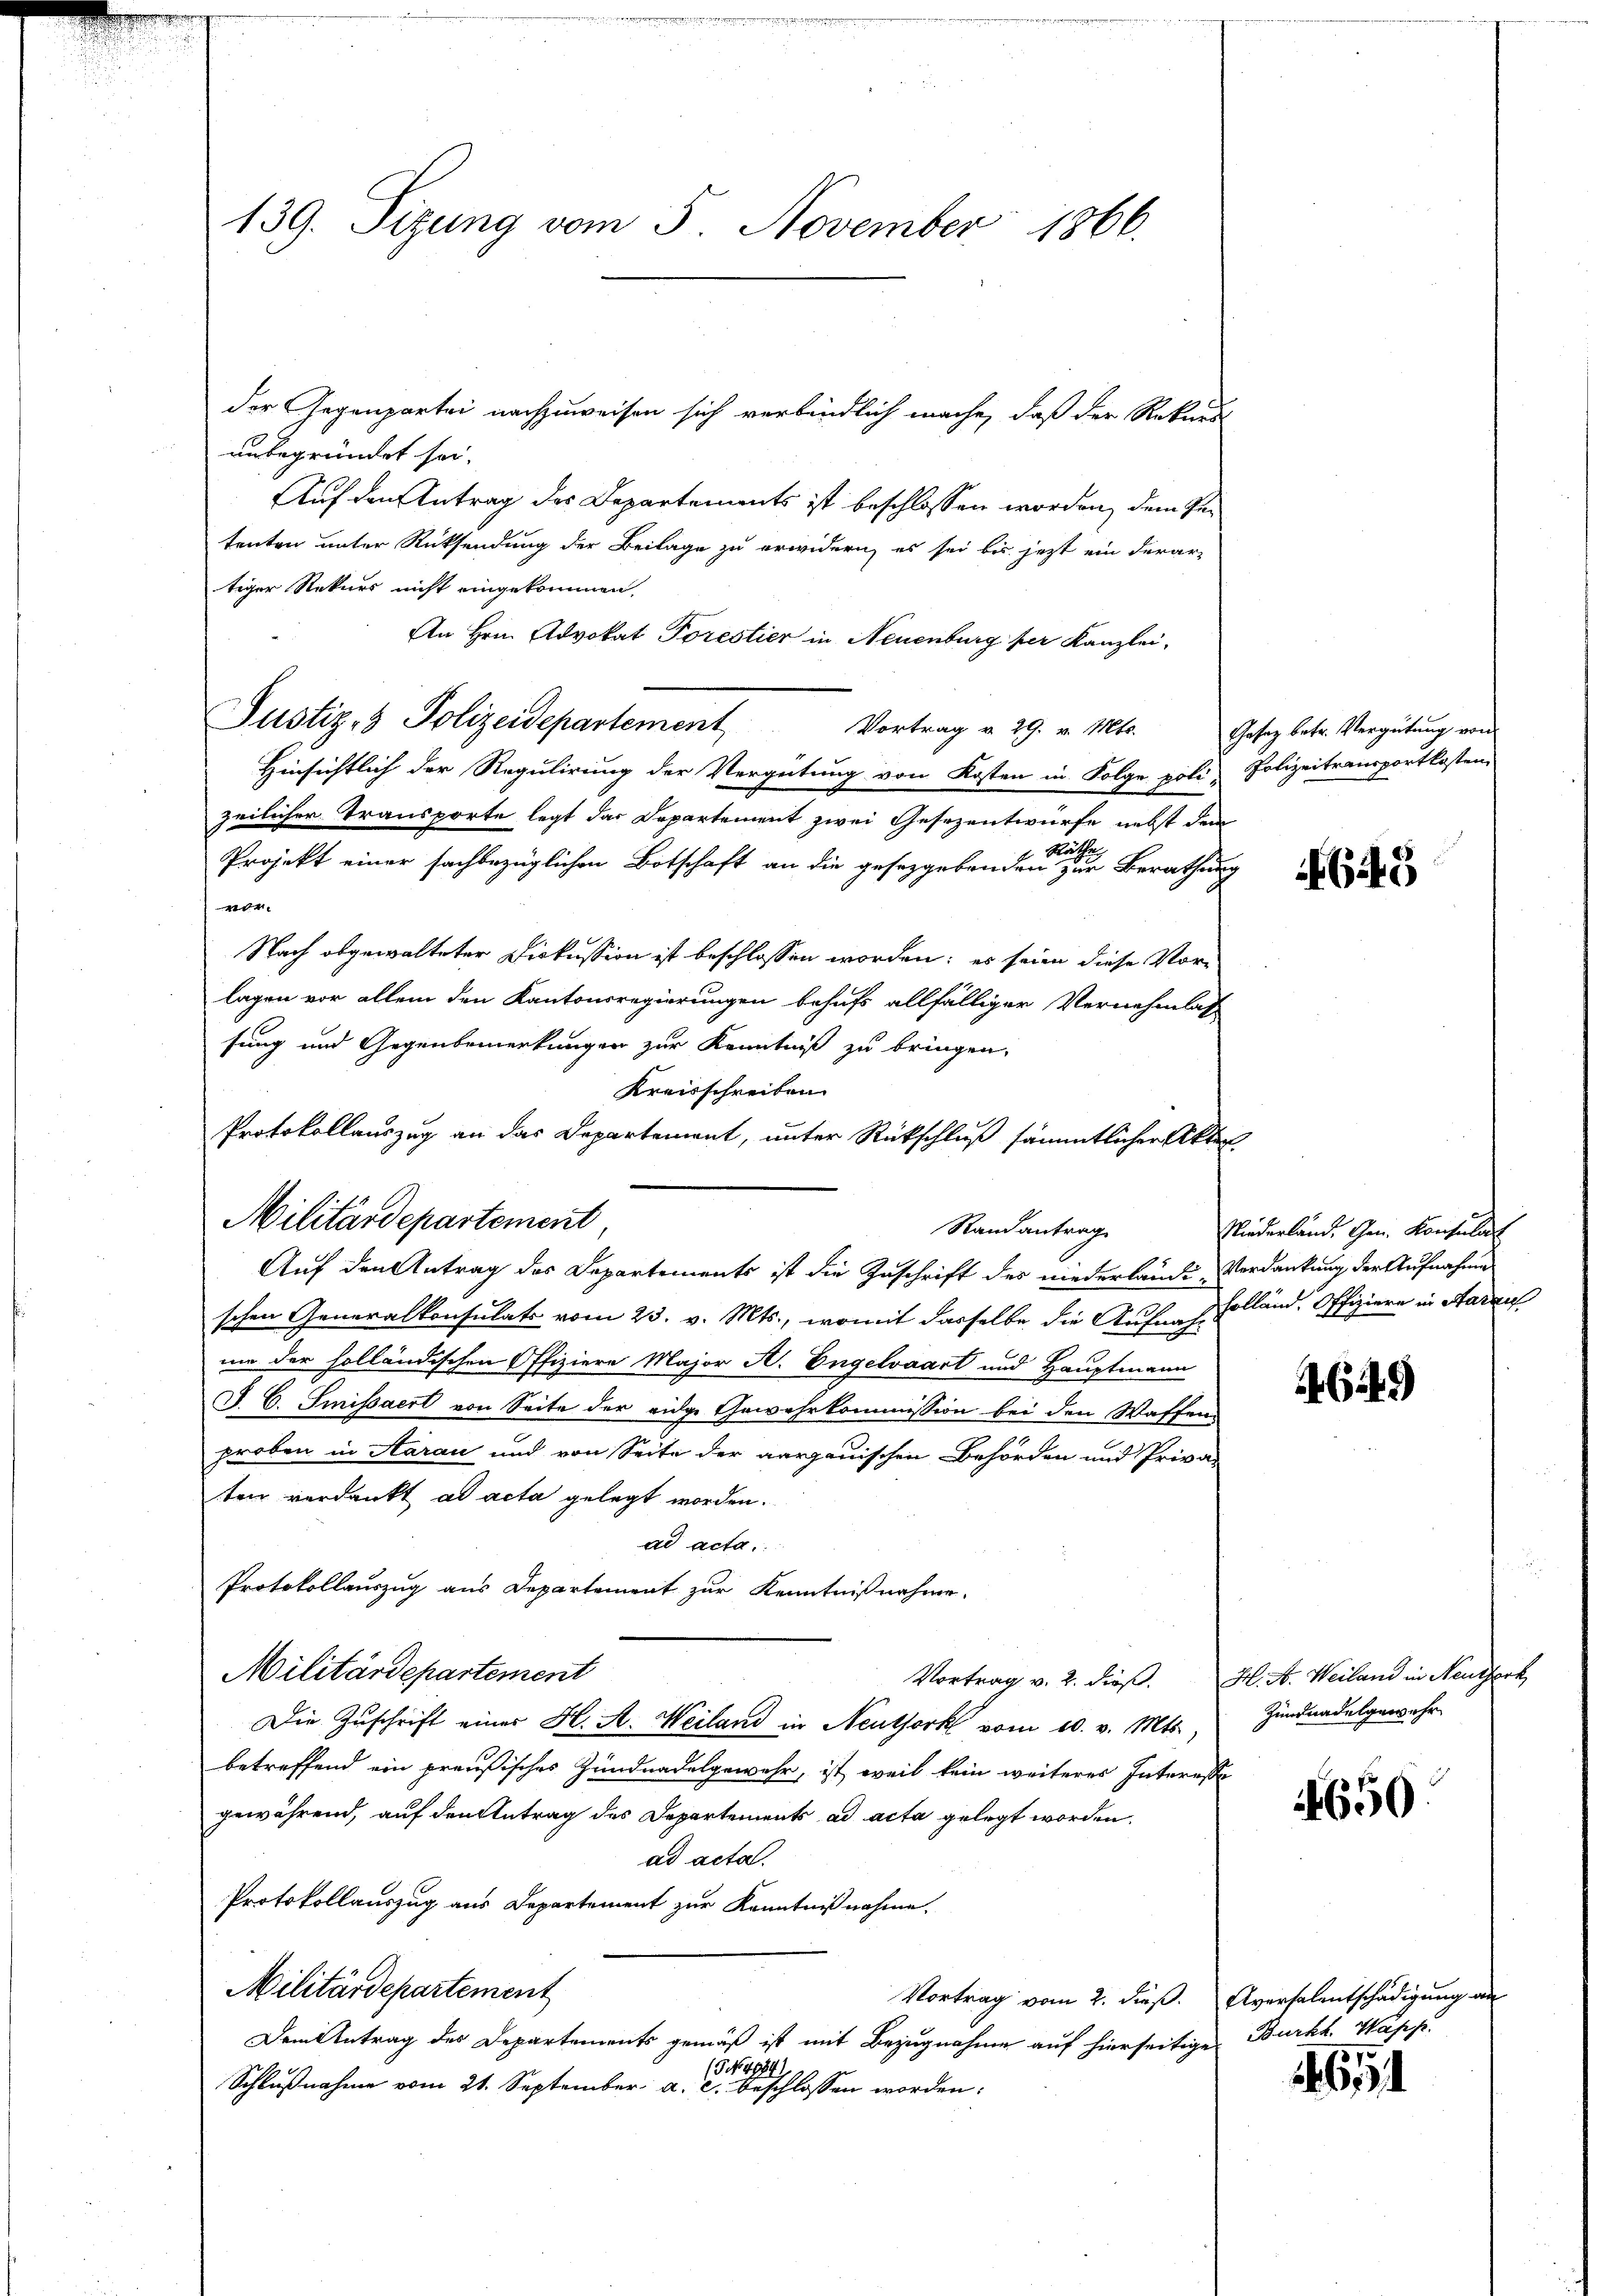
139. Sizung vom 5. November 1866.

unbegründet sei.
Auf den Antrag des Departements ist beschlossen worden, dem Petenten unter Rücksendung der Beilage zu erwidern, es sei bis jetzt ein derar-
tiger Rekurs nicht eingekommen,
An Hrn. Advokat Porestier in Neuenburg per Kanzlei,
Justiz- & Polizeidepartement
Vortrag v. 29. v. Mts. Gesez betr. Vergütung von
Hinsichtlich der Regulirung der Vergütung von Kosten in Folge poli, Polizeitransportkosten,
zeilicher Transporte legt das Departement zwei Gesezentwürfe nebst den
Räthe
Projekt einer sachbezüglichen Botschaft an die gesetzgebenden zur Berathung
0
Nach abgewalteter Diskussion ist beschlossen worden; es seien diese Vorlagen vor allem den Kantonsregierungen behufs allfälliger Vernehmlass
sung und Gegenbemerkungen zur Kenntniß zu bringen.
Kreisschreiben
Protokollauszug an das Departement, unter Rückschluß sämmtlicher Akten
Militärdepartement,
Randantrag
Auf den Antrag des Departements ist die Zuschrift des niederlande-Verdankung der Aufnahme
schen Generalkonsulats vom 23. v. Mts., womit dasselbe die Auf scholländ. Offiziere in Aarau
mie der holländischen Offiziere Major A. Engelvaart und Hauptmann
a C. Smissaert von Seite der eidge Gewehrkommission bei den Waffen,
proben in Aarau und von Seite der aargauischen Behörden und Priva-
ten verdankt ad acta gelegt worden.
ad acta.
Protokollauszug aus Departement zur Kenntnißnahme
Militärdepartement
Vortrag v. 2. dieß. H. A. Weiland in Neuerk
Die Zuschrift einer H. A. Weiland in Neuthork vom 10. v. Mts.,
betreffend ein preußisches Zundnadelgewahr, ist, weil kein weiteres Interesse
gewährend, auf den Antrag des Departements ad acta gelegt worden.
ad acta.
Protokollauszug aus Departement zur Kenntnißnahme.
Militärdepartement
Vortrag vom 2. dieß. Aversalentschädigung an
Dem Antrag des Departements gemäß ist mit Bezugnahme auf hierseitige Burkh. Wass
(G No. 4884).
Schlußnahme vom 21. September a. c. beschlossen worden:

der Gegenpartei nachzuweisen sich verbindlich mache, daß der Rekurs

649

Niederland. Gen. Konsulat

649

Zundnadelgewehr

650.

7

d